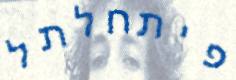
פיתחלתל